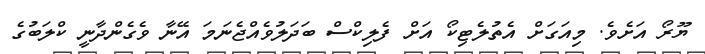
ޔޫރޯ އަށެވެ. މިއަގަށް އެތުލެޓިކޯ އަށް ފެލިކްސް ބަދަލުވެއްޖެނަމަ އޭނާ ވެގެންދާނީ ކްލަބުގެ